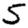
Digit: 5